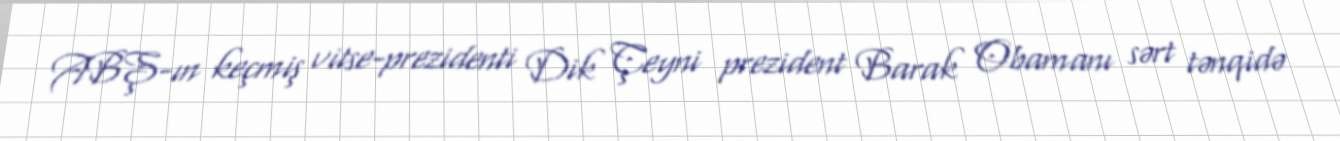
ABŞ-ın keçmiş vitse-prezidenti Dik Çeyni prezident Barak Obamanı sərt tənqidə